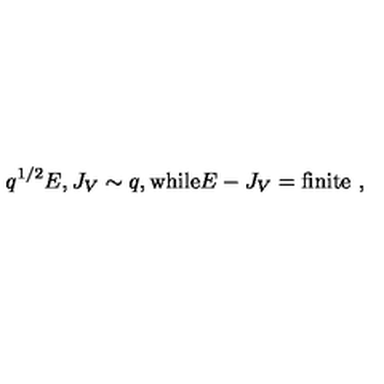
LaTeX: q ^ { 1 / 2 } E , J _ { V } \sim q , \mathrm { w h i l e } E - J _ { V } = \mathrm { f i n i t e } \ ,